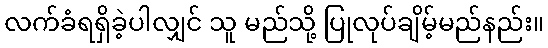
လက်ခံရရှိခဲ့ပါလျှင် သူ မည်သို့ ပြုလုပ်ချိမ့်မည်နည်း။